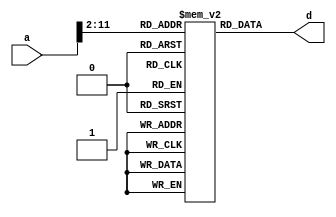
`timescale 1ns / 1ps
module IM(a, d);    
   input[31:0] a;
   output wire [31:0] d;
   
   reg [31:0] memory [0:1023];
   
   assign d = memory[a >> 2];
endmodule